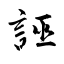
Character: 誣